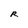
Character: R